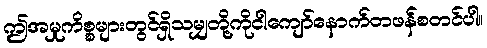
ဤအမှုကိစ္စများတွင်ရှိသမျှတို့ကိုငါကျော်နောက်တဖန်စတင်ပါ။